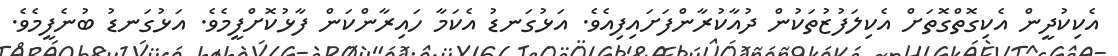
އެކިކުދީން އެކިގޮތްގޮތަށް އެކިލަފުޒުތަކުން ދުއާކުރާންފަށައިފިއެވެ. އަޅުގަނޑު އެކަމާ ހައިރާންކަން ފާޅުކޮށްފީމެވެ. އަޅުގަނޑު ބުނެފީމެވެ.